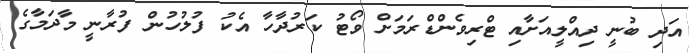
އަދި ބުނީ ދިއްލީއަށާއި ޓްރިވެންޑްރަމަށް ވޯޓު ކަރުދާހާ އެކު ފުލުހުން ފުރާނީ މާދަމާގެ